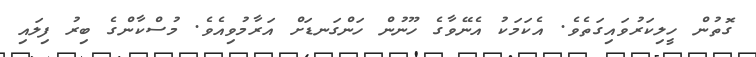
ގޮތުން ހީލިކަރުވައިގަތެވެ. އެކަމަކު އެނޭވާގެ ހޫނުން ހަންގަނޑަށް އަރާމުވިއެވެ. މުސްކާންގެ ބިރު ފިލައި